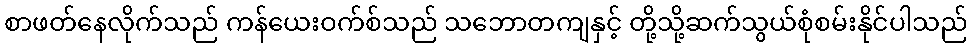
စာဖတ်နေလိုက်သည် ကန်ယေးဝက်စ်သည် သဘောတကျနှင့် တို့သို့ဆက်သွယ်စုံစမ်းနိုင်ပါသည်